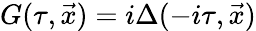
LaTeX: G(\tau,\vec{x})=i\Delta(-i\tau,\vec{x})